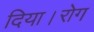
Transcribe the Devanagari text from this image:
दिया।रोग